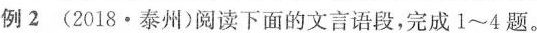
例2 (2018 \cdot 泰州)阅读下面的文言语段，完成1~4题。